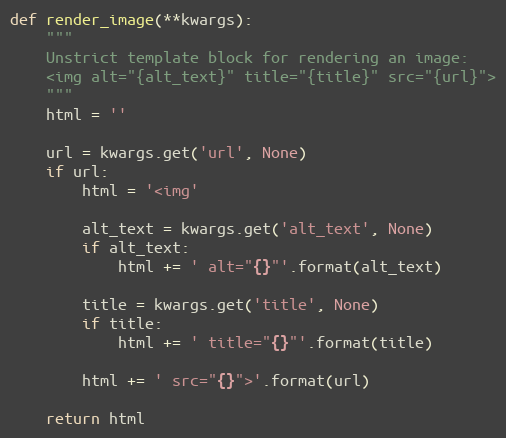
Language: Python
def render_image(**kwargs):
    """
    Unstrict template block for rendering an image:
    <img alt="{alt_text}" title="{title}" src="{url}">
    """
    html = ''

    url = kwargs.get('url', None)
    if url:
        html = '<img'

        alt_text = kwargs.get('alt_text', None)
        if alt_text:
            html += ' alt="{}"'.format(alt_text)

        title = kwargs.get('title', None)
        if title:
            html += ' title="{}"'.format(title)

        html += ' src="{}">'.format(url)

    return html